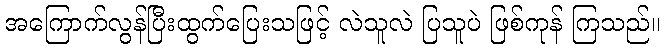
အကြောက်လွန်ပြီးထွက်ပြေးသဖြင့် လဲသူလဲ ပြသူပဲ ဖြစ်ကုန် ကြသည်။